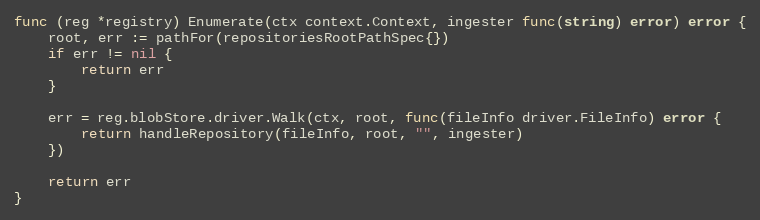
Language: Go
func (reg *registry) Enumerate(ctx context.Context, ingester func(string) error) error {
	root, err := pathFor(repositoriesRootPathSpec{})
	if err != nil {
		return err
	}

	err = reg.blobStore.driver.Walk(ctx, root, func(fileInfo driver.FileInfo) error {
		return handleRepository(fileInfo, root, "", ingester)
	})

	return err
}